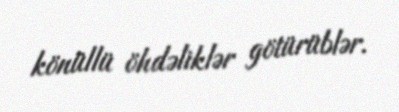
könüllü öhdəliklər götürüblər.